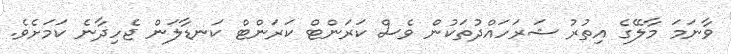
ވާނަމަ މާލޭގެ އިތުރު ޝަރަހައްދުތަކުން ވެސް ކަރަންޓް ކަރަންޓް ކަނޑާލަން ޖެހިދާނެ ކަމަށެވެ.